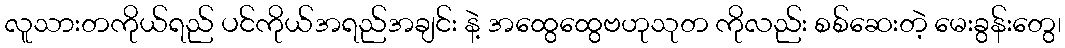
လူသားတကိုယ်ရည် ပင်ကိုယ်အရည်အချင်း နဲ့ အထွေထွေဗဟုသုတ ကိုလည်း စစ်ဆေးတဲ့ မေးခွန်းတွေ၊